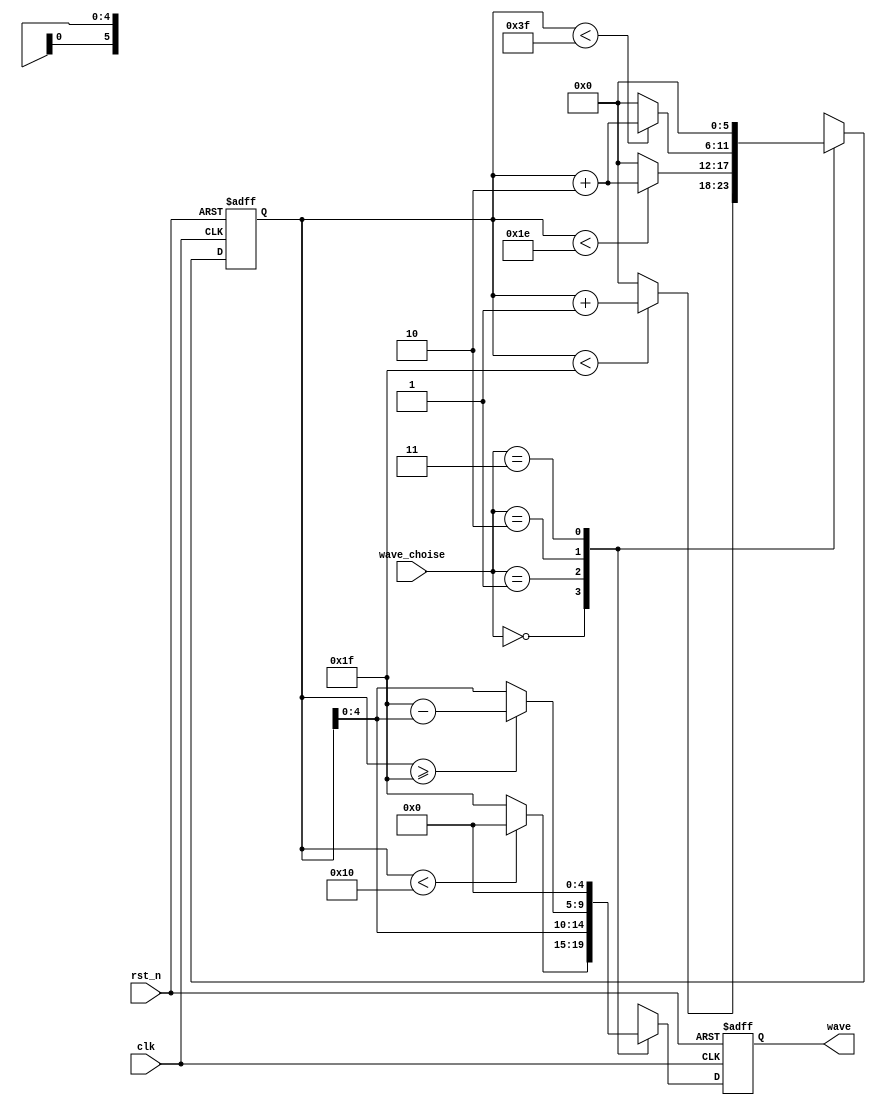
`timescale 1ns/1ns
module signal_generator(
    input clk,
    input rst_n,
    input [1:0] wave_choise,
    output reg [4:0]wave
    );
     reg cnt_type;   reg [5:0]cnt;
     always@(posedge clk or negedge rst_n)begin
        if(!rst_n)
            cnt <= 0;
        else case(wave_choise) 
            0: cnt <= cnt<31 ? cnt+1 : 0;
            1: cnt <= cnt<30 ? cnt+2 : 0;
            2: cnt <= cnt<63 ? cnt+2 : 0;
            3: cnt <=0;
        endcase
     end 
     always@(posedge clk or negedge rst_n)begin
        if(!rst_n) 
            wave <= 5'd0;
        else case(wave_choise) 
            0: wave <= cnt<16 ? 5'd0 : 5'd31;
            1: wave <= cnt;
            2: wave <= (cnt>=31) ? (63-cnt) : cnt;
            3: wave <= 0;
        endcase
     end 
endmodule